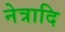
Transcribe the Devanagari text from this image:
नेत्रादि